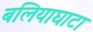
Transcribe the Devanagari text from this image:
बलियाघाटा